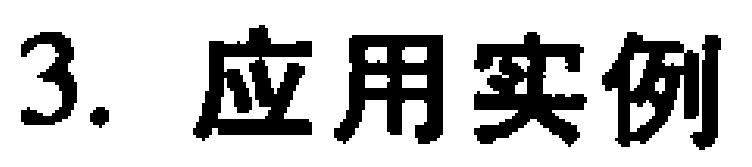
3. 应用实例